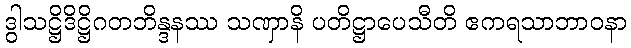
ဒွါသဋ္ဌိဒိဋ္ဌိဂတဘိန္ဒနဿ သဏှာနိ ပတိဋ္ဌာပေသီတိ ဧကရသာဘာဝနာ